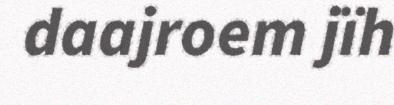
daajroem jïh